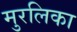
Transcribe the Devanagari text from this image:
मुरलिका